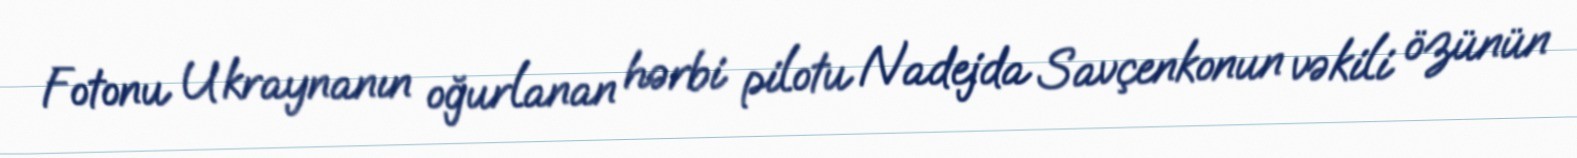
Fotonu Ukraynanın oğurlanan hərbi pilotu Nadejda Savçenkonun vəkili özünün